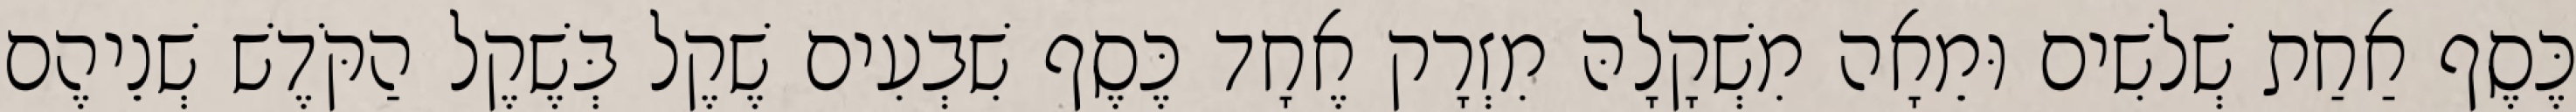
כֶּסֶף אַחַת שְׁלשִׁים וּמֵאָה מִשְׁקָלָהּ מִזְרָק אֶחָד כֶּסֶף שִׁבְעִים שֶׁקֶל בְּשֶׁקֶל הַקֹּדֶשׁ שְׁנֵיהֶם